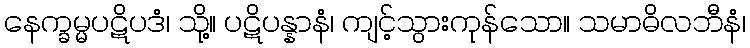
နေက္ခမ္မပဋိပဒံ၊ သို့။ ပဋိပန္နာနံ၊ ကျင့်သွားကုန်သော။ သမာဓိလဘီနံ၊